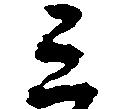
ミ